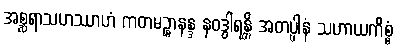
အစ္ဆရာသဟဿာဟံ ကတမဉ္စာနန္ဒ နဝဒွါရန္တိ အတပ္ပါနံ သဟာယကိစ္စံ